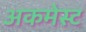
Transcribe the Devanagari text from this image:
अकमेस्ट